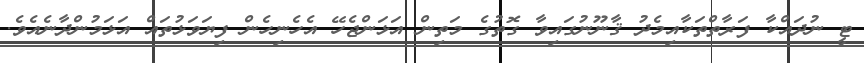
ޓީ ނުދައްކާ ފަރާތްތަކާއިމެދު ޤާނޫނުގައިވާ ގޮތުގެ މަތިން އަޅަންޖެހޭ އެހެނިހެން ފިޔަވަޅުތައް އަޅަމުންދާނެއެވެ.